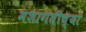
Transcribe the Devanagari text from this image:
मशागतीच्या